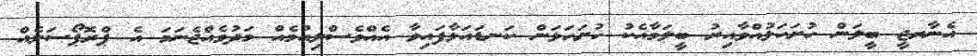
އެނާރޖީ ބީލަން ހުށަހަޅުއްވާއިރު ބީލަމާއެކު ހުށަހަޅަން ކަނޑައަޅާފައިވާ އެއްވެސްލިއުމެއް މަދުވެއްޖެނަމަ އެ ޕްރޮޕޯސަލެއް